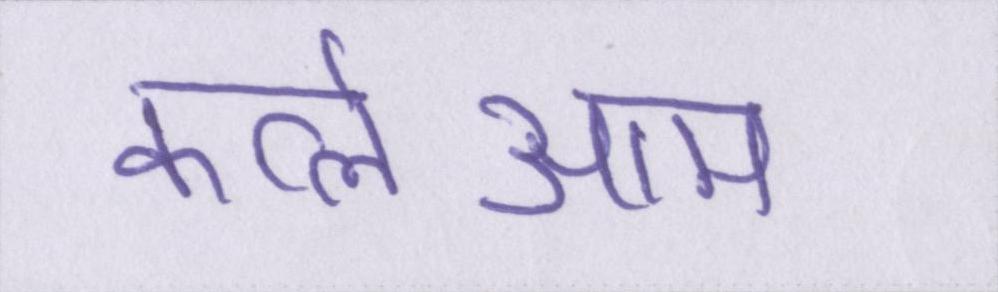
कत्लेआम